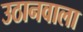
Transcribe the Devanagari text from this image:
उठानवाला